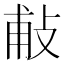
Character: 𢼹